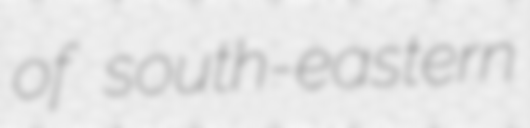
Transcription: of south-eastern